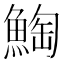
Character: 𲌸